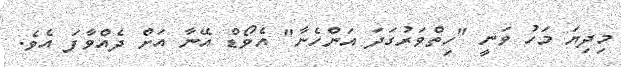
މިދިޔަ މަހު ވަނީ "ހިތްވަރުގަދަ އަންހެނާ" އެވޯޑް އޭނާ އަށް ދެއްވާފަ އެވެ.